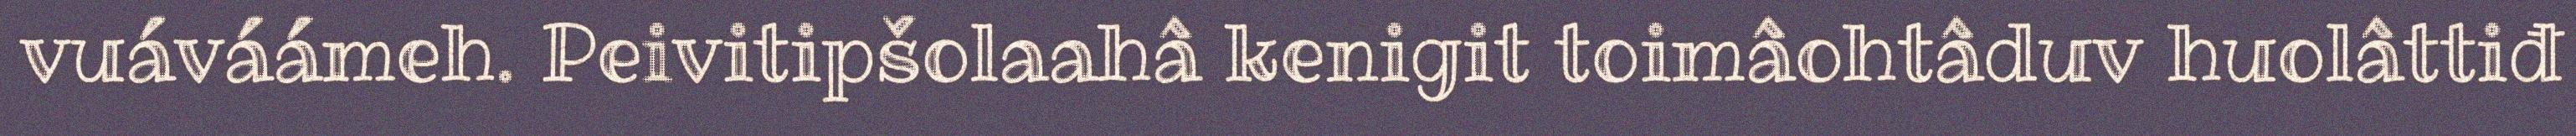
vuáváámeh. Peivitipšolaahâ kenigit toimâohtâduv huolâttiđ